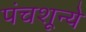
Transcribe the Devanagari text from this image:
पंचशून्ये